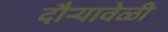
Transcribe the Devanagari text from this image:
दौर्‍यावेळी